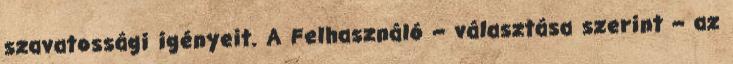
szavatossági igényeit. A Felhasználó – választása szerint – az